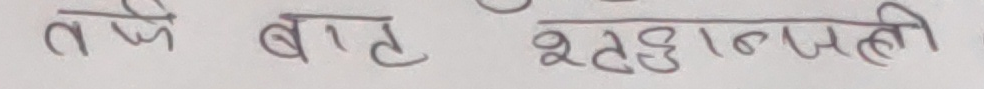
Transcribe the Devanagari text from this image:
तर्फ बाट श्रद्धाञ्जली